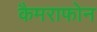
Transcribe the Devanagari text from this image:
कैमराफोन